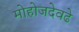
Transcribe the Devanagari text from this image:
मोहोजदेवढे